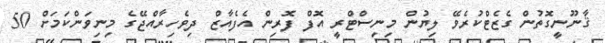
ޤާނޫނީގޮތުން ގެޒެޓްކުރެވޭ ލިޔުން މިނިސްޓްރީ އޮފް ފޮރިން އެފެއާޒް ދިވެހިރާއްޖޭގެ މިނިވަންކަމަށް 50